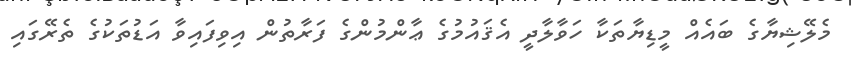
މެލޭޝިޔާގެ ބައެއް މީޑިޔާތަކާ ހަވާލާދީ އެޤައުމުގެ ޢާންމުންގެ ފަރާތުން އިވިފައިވާ އަޑުތަކުގެ ތެރޭގައި